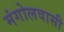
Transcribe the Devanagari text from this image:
मंगोलवासी